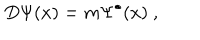
D \Psi ( x ) = m \Psi ^ { \bullet } ( x ) ~ ,